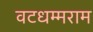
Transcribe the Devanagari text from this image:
वटधम्मराम